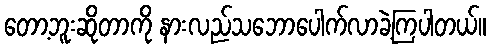
တော့ဘူးဆိုတာကို နားလည်သဘောပေါက်လာခဲ့ကြပါတယ်။